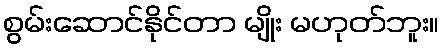
စွမ်းဆောင်နိုင်တာ မျိုး မဟုတ်ဘူး။